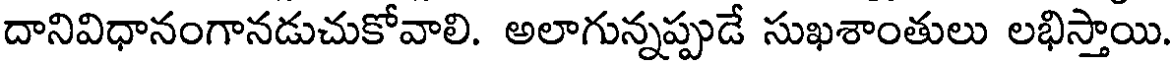
దానివిధానంగానడుచుకోవాలి. అలాగున్నప్పుడే సుఖశాంతులు లభిస్తాయి.